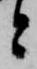
と